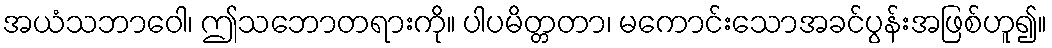
အယံသဘာဝေါ၊ ဤသဘောတရားကို။ ပါပမိတ္တတာ၊ မကောင်းသောအခင်ပွန်းအဖြစ်ဟူ၍။